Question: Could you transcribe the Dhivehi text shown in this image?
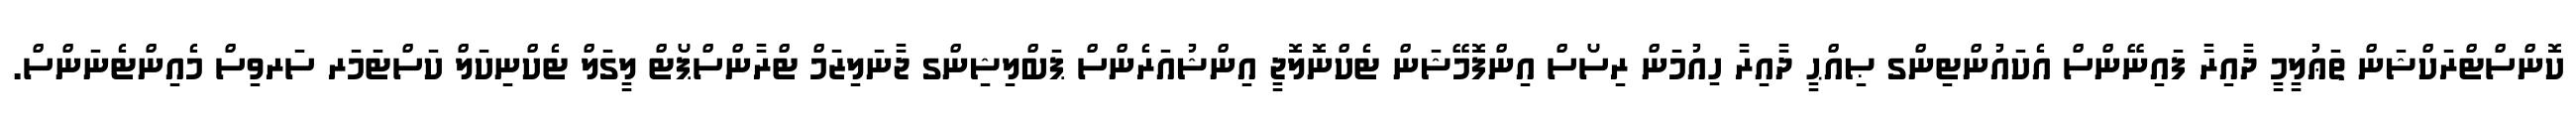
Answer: ކޮންސްޓްރަކްޝަން ތަޢުލީމީ ދާއިރާ ފައިނޭންސް އެކައުންޓިންގ ޞިއްޙީ ދާއިރާ ހިއުމަން ރިސޯސް އިންފޮމޭޝަން ޓެކްނޮލޮޖީ އިންޝުއަރެންސް ޕަބްލިޝިންގ ޖާނަލިޒަމް ޓްރާންސްޕޯޓް ލީގަލް ޓެކްނިކަލް ކަސްޓަމަރ ސަރވިސް މެއިންޓެނަންސް.